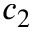
c _ { 2 }